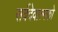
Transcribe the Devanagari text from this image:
सर्वदेवात्मको